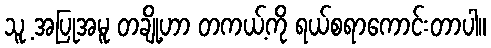
သူ့ အပြုအမူ တချို့ဟာ တကယ့်ကို ရယ်စရာကောင်းတာပါ။